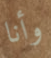
وأنا